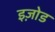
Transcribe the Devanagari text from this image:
इज़ोड